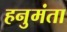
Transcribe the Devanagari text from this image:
हनुमंता